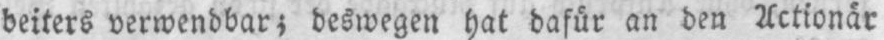
beiters verwendbar; deswegen hat dafür an den Actionär